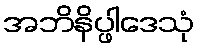
အဘိနိပ္ဖါဒေသုံ